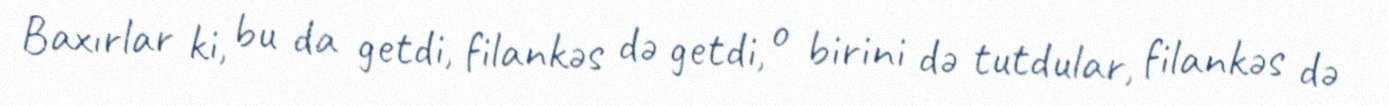
Baxırlar ki, bu da getdi, filankəs də getdi, o birini də tutdular, filankəs də